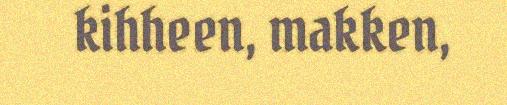
kihheen, makken,